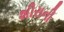
શીરાની